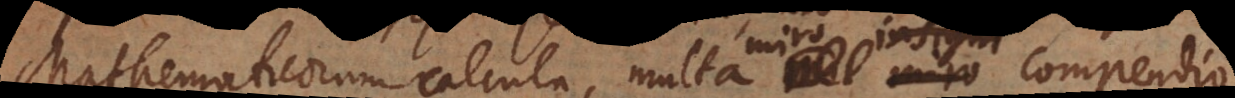
Mathematicorum calculo, multa miro